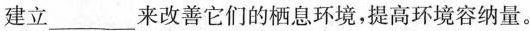
建立___来改善它们的栖息环境，提高环境容纳量。